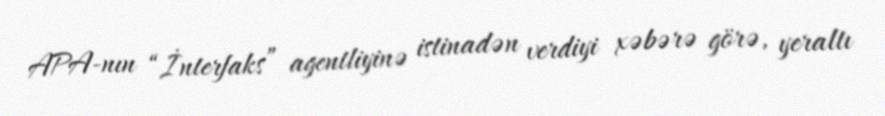
APA-nın “İnterfaks” agentliyinə istinadən verdiyi xəbərə görə, yeraltı